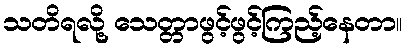
သတိရလို့ သေတ္တာဖွင့်ဖွင့်ကြည့်နေတာ။